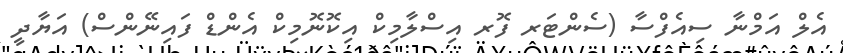
އެލް އަމްނާ ސިއެފްސާ (ސެންޓަރ ފޮރ އިސްލާމިކް އިކޮނޮމިކް އެންޑް ފައިނޭންސް) އަޔާދީ